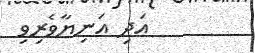
އަދި އަނިޔާވެރިވި